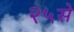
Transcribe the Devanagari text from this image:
२५से